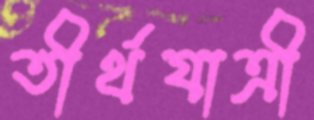
তীর্থযাত্রী